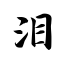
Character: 泪